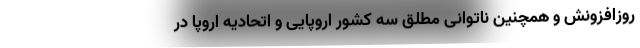
روزافزونش و همچنین ناتوانی مطلق سه کشور اروپایی و اتحادیه اروپا در